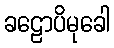
ခဠောပိမုခေါ